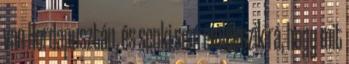
van Hordapusztán, és senki sem emlékszik rá, hogy mit